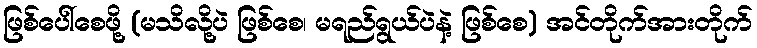
ဖြစ်ပေါ်စေဖို့ (မသိလို့ပဲ ဖြစ်စေ၊ မရည်ရွယ်ပဲနဲ့ ဖြစ်စေ) အင်တိုက်အားတိုက်